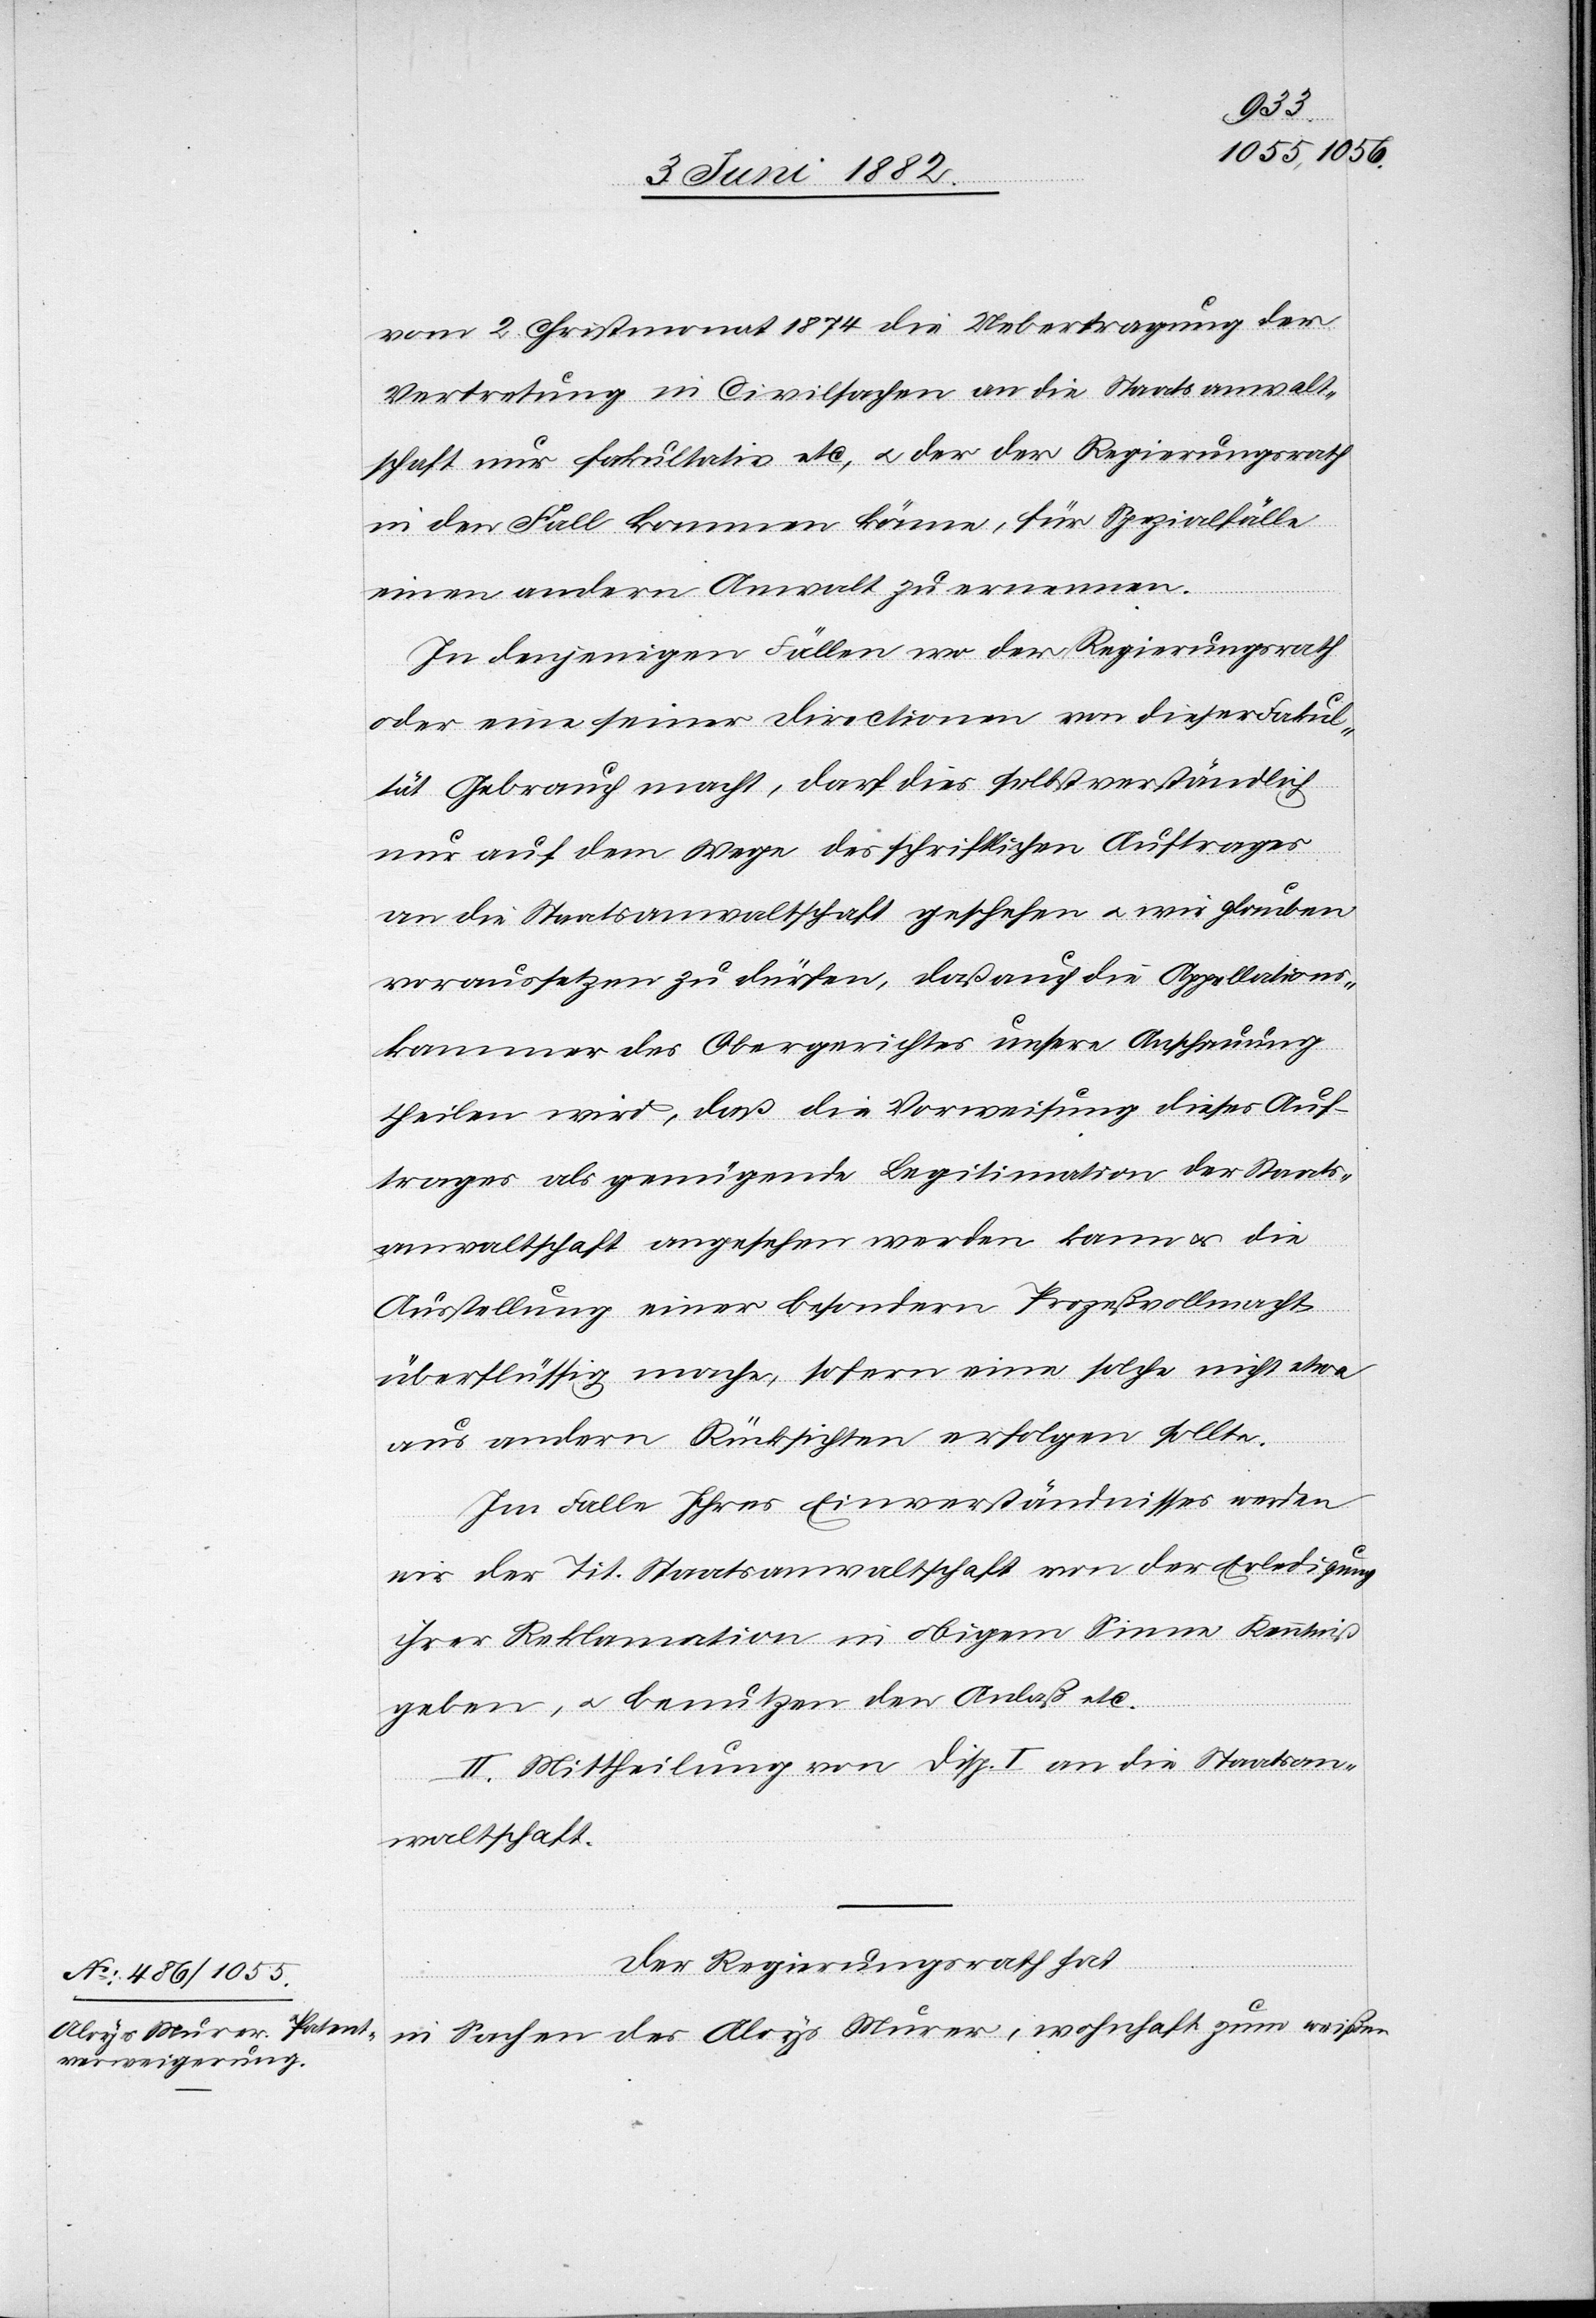
vom 2. Christmonat 1874 die Uebertragung der
Vertretung in Civilsachen an die Staatsanwalt¬
schaft nur fakultativ etc., u. der der [sic!] Regierungsrath
in den Fall kommen könne, für Spezialfälle
einen andern Anwalt zu ernennen.
In denjenigen Fällen wo der Regierungsrath
oder eine seiner Directionen von dieser Fakul¬
tät Gebrauch macht, darf dies selbstverständlich
nur auf dem Wege des schriftlichen Auftrages
an die Staatsanwaltschaft geschehen u. wir glauben
voraussetzen zu dürfen, daß auch die Appellations¬
kammer des Obergerichtes unsere Anschauung
theilen wird, daß die Vorweisung dieses Auf¬
trages als genügende Legitimation der Staats¬
anwaltschaft angesehen werden kann u. die
Ausstellung einer besondern Prozeßvollmacht
überflüssig mache, sofern eine solche nicht etwa
aus andern Rücksichten erfolgen sollte.
Im Falle Ihres Einverständnisses werden
wir der Tit. Staatsanwaltschaft in obigem Sinne
geben, u. benutzen den Anlaß etc.
II. Mittheilung von Disp. I an die Staatsan¬
waltschaft.
Der Regierungsrath hat,
in Sachen des Aloys Murer, wohnhaft zum weißen